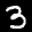
Label: 3